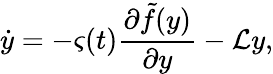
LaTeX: \dot{y}=-\varsigma(t)\frac{\partial\tilde{f}(y)}{\partial y}-\mathcal{L}y,